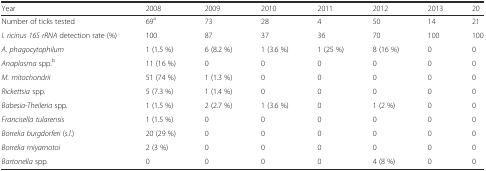
<table><thead><tr><td><b>Year</b></td><td><b>2008</b></td><td><b>2009</b></td><td><b>2010</b></td><td><b>2011</b></td><td><b>2012</b></td><td><b>2013</b></td><td><b>20</b></td></tr></thead><tbody><tr><td>Number of ticks tested</td><td>69<sup>a</sup></td><td>73</td><td>28</td><td>4</td><td>50</td><td>14</td><td>21</td></tr><tr><td><i>I. ricinus</i><i>16S</i> <i>rRNA</i> detection rate (%)</td><td>100</td><td>87</td><td>37</td><td>36</td><td>70</td><td>100</td><td>100</td></tr><tr><td><i>A. phagocytophilum</i></td><td>1 (1.5 %)</td><td>6 (8.2 %)</td><td>1 (3.6 %)</td><td>1 (25 %)</td><td>8 (16 %)</td><td>0</td><td>0</td></tr><tr><td><i>Anaplasma</i> spp<i>.</i><sup>b</sup></td><td>11 (16 %)</td><td>0</td><td>0</td><td>0</td><td>0</td><td>0</td><td>0</td></tr><tr><td><i>M. mitochondrii</i></td><td>51 (74 %)</td><td>1 (1.3 %)</td><td>0</td><td>0</td><td>0</td><td>0</td><td>0</td></tr><tr><td><i>Rickettsia</i> spp<i>.</i></td><td>5 (7.3 %)</td><td>1 (1.4 %)</td><td>0</td><td>0</td><td>0</td><td>0</td><td>0</td></tr><tr><td><i>Babesia-Theileria</i> spp<i>.</i></td><td>1 (1.5 %)</td><td>2 (2.7 %)</td><td>1 (3.6 %)</td><td>0</td><td>1 (2 %)</td><td>0</td><td>0</td></tr><tr><td><i>Francisella tularensis</i></td><td>1 (1.5 %)</td><td>0</td><td>0</td><td>0</td><td>0</td><td>0</td><td>0</td></tr><tr><td><i>Borrelia burgdorferi</i> (<i>s.l</i>.)</td><td>20 (29 %)</td><td>0</td><td>0</td><td>0</td><td>0</td><td>0</td><td>0</td></tr><tr><td><i>Borrelia miyamotoi</i></td><td>2 (3 %)</td><td>0</td><td>0</td><td>0</td><td>0</td><td>0</td><td>0</td></tr><tr><td><i>Bartonella</i> spp<i>.</i></td><td>0</td><td>0</td><td>0</td><td>0</td><td>4 (8 %)</td><td>0</td><td>0</td></tr></tbody></table>